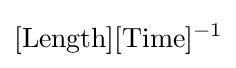
[{\text{Length}}][{\text{Time}}]^{-1}